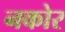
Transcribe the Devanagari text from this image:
नकोर